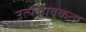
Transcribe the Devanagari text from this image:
उत्पलावकता